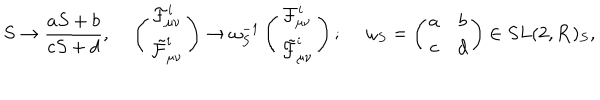
S \to { \frac { a S + b } { c S + d } } , \left( \begin{matrix} { { { \cal F } _ { \mu \nu } ^ { i } } } \\ { { \tilde { \cal F } _ { \mu \nu } ^ { i } } } \\ \end{matrix} \right) \to \omega _ { S } ^ { - 1 } \left( \begin{matrix} { { { \cal F } _ { \mu \nu } ^ { i } } } \\ { { \tilde { \cal F } _ { \mu \nu } ^ { i } } } \\ \end{matrix} \right) ; \ \omega _ { S } = \left( \begin{matrix} { { a } } & { { b } } \\ { { c } } & { { d } } \\ \end{matrix} \right) \in S L ( 2 , { \bf R } ) _ { S } ,